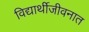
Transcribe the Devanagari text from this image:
विद्यार्थीजीवनात